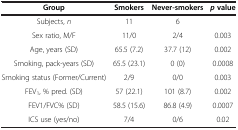
<table><thead><tr><td><b>Group</b></td><td><b>Smokers</b></td><td><b>Never-smokers</b></td><td><b><i>p </i>value</b></td></tr></thead><tbody><tr><td>Subjects, <i>n</i></td><td>11</td><td>6</td><td> </td></tr><tr><td>Sex ratio, M/F</td><td>11/0</td><td>2/4</td><td>0.003</td></tr><tr><td>Age, years (SD)</td><td>65.5 (7.2)</td><td>37.7 (12)</td><td>0.002</td></tr><tr><td>Smoking, pack-years (SD)</td><td>65.5 (23.1)</td><td>0 (0)</td><td>0.0008</td></tr><tr><td>Smoking status (Former/Current)</td><td>2/9</td><td>0/0</td><td>0.003</td></tr><tr><td>FEV<sub>1</sub>, % pred. (SD)</td><td>57 (22.1)</td><td>101 (8.7)</td><td>0.002</td></tr><tr><td>FEV1/FVC% (SD)</td><td>58.5 (15.6)</td><td>86.8 (4.9)</td><td>0.0007</td></tr><tr><td>ICS use (yes/no)</td><td>7/4</td><td>0/6</td><td>0.02</td></tr></tbody></table>